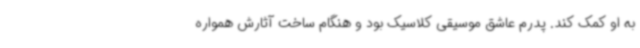
به او کمک کند. پدرم عاشق موسیقی کلاسیک بود و هنگام ساخت آثارش همواره